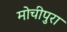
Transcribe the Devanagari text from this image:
मोचीपुरा